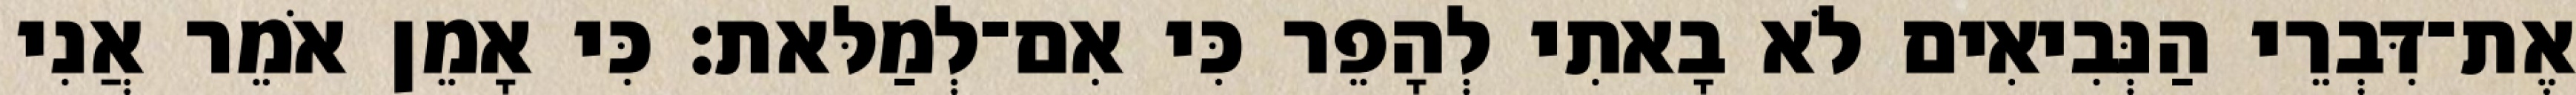
אֶת־דִּבְרֵי הַנְּבִיאִים לֹא בָאתִי לְהָפֵר כִּי אִם־לְמַלּאת׃ כִּי אָמֵן אֹמֵר אֲנִי